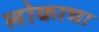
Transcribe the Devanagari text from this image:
लोकाचा